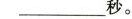
___秒。